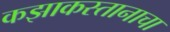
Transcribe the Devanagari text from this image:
कझाकस्तानाचा